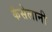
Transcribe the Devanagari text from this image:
कैसेलानी